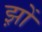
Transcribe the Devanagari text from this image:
झ़ों